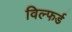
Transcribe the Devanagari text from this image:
विल्फर्ड